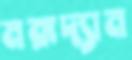
মরূদ্যান